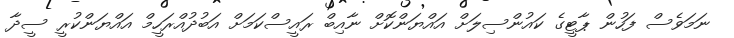
ނަމަވެސް ފަހުން ޕާޓީގެ ކައުންސިލަށް އައްޔަންކޮށް ނާއިބް ރައީސްކަމަށް އަބުދުއްރަހީމް އައްޔަންކުރީ ސީދާ